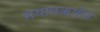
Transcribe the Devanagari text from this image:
मयातऋषीने